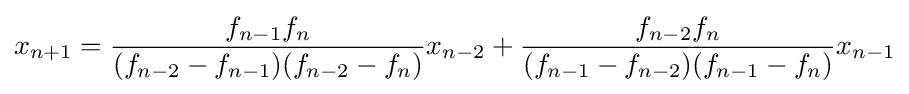
x_{n+1}={\frac {f_{n-1}f_{n}}{(f_{n-2}-f_{n-1})(f_{n-2}-f_{n})}}x_{n-2}+{\frac {f_{n-2}f_{n}}{(f_{n-1}-f_{n-2})(f_{n-1}-f_{n})}}x_{n-1}